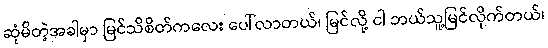
ဆုံမိတဲ့အခါမှာ မြင်သိစိတ်ကလေး ပေါ်လာတယ်၊ မြင်လို့ ငါ ဘယ်သူ့မြင်လိုက်တယ်၊